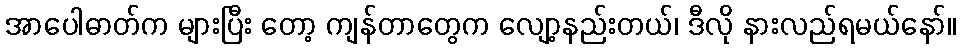
အာပေါဓာတ်က များပြီး တော့ ကျန်တာတွေက လျော့နည်းတယ်၊ ဒီလို နားလည်ရမယ်နော်။